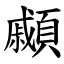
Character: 顣